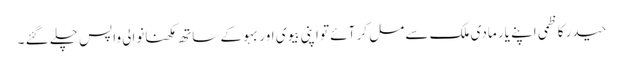
حیدر کاظمی اپنے یار مادی ملک سے مل کر آئے تو اپنی بیوی اور بہو کے ساتھ مکھنانوالی واپس چلے گئے ۔